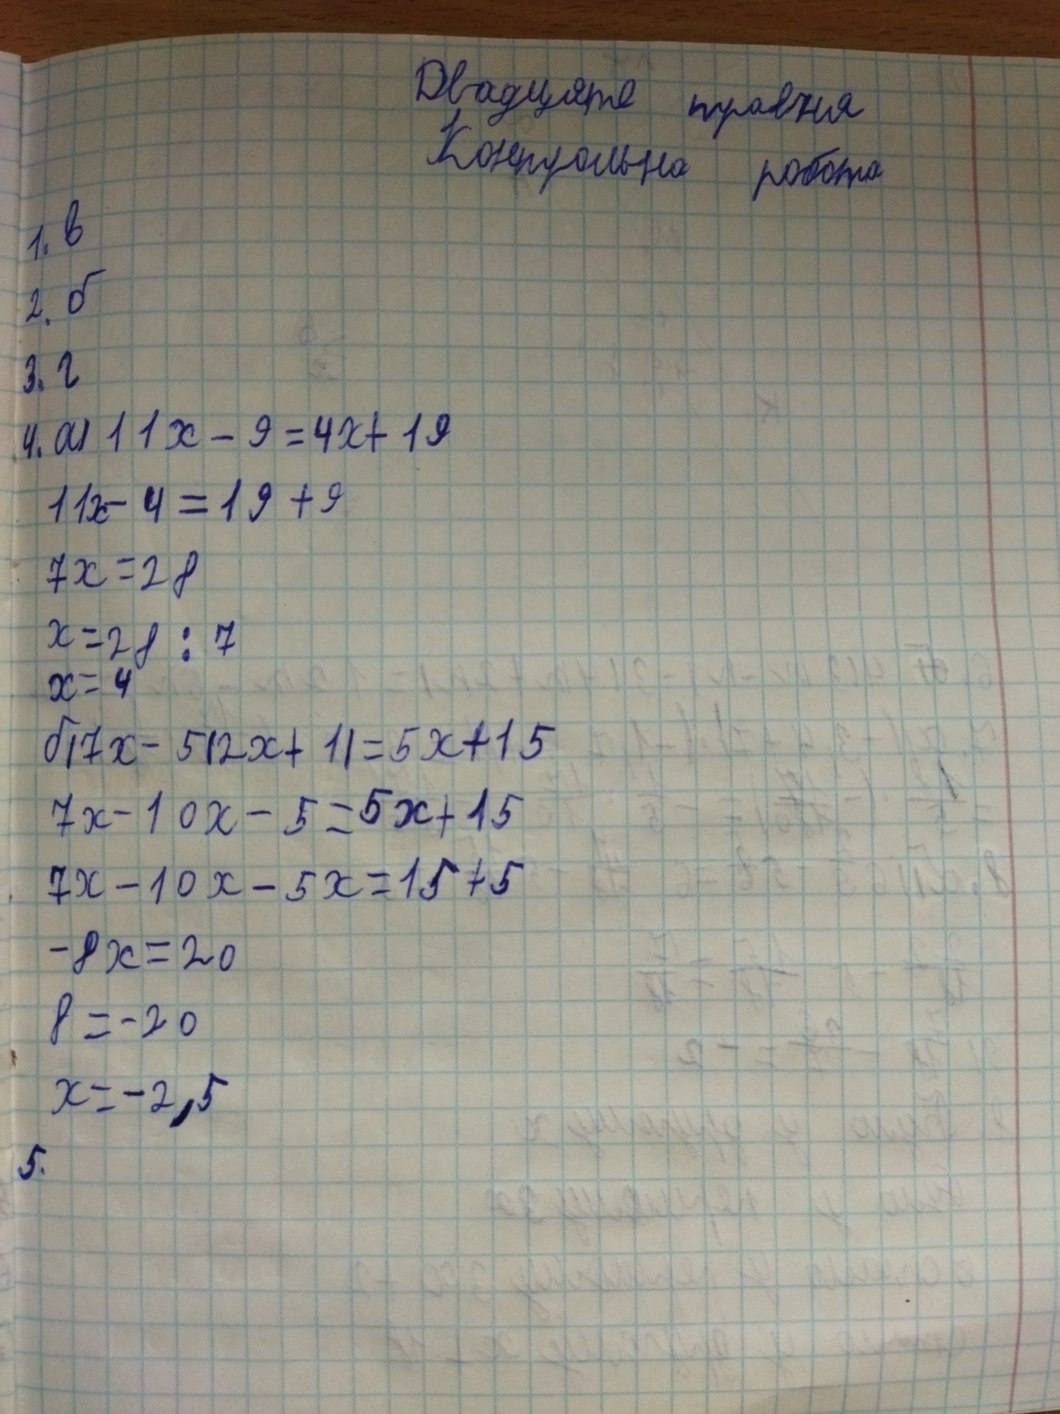
Двадцяте травня
Контрольна робота
1. в
2. б
3. г
4. a) 11x - 9 = 4x + 19
11x - 4 = 19 + 9
7x = 28
x = 21 : 7
x = 4
б) 7x - 5(2x + 1) = 5x + 15
7x - 10x - 5 = 5x + 15
7x - 10x - 5x = 15 + 5
-8x = 20
8 = -20
x = -2,5
5.